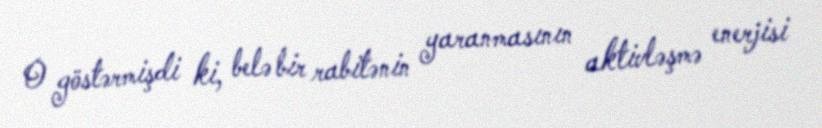
O göstərmişdi ki, belə bir rabitənin yaranmasının aktivləşmə enerjisi